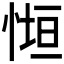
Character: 𭝧